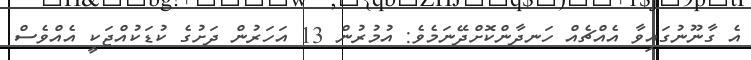
އެ ގާނޫނުގައިވާ އެއްޗެއް ހަނދާންކޮށްދޭނަމެވެ: އުމުރުން 13 އަހަރުން ދަށުގެ ކުޑަކުއްޖަކީ އެއްވެސް